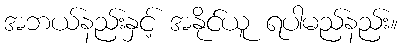
အဘယ်နည်းနှင့် အနိုင်ယူ ရပါမည်နည်း။